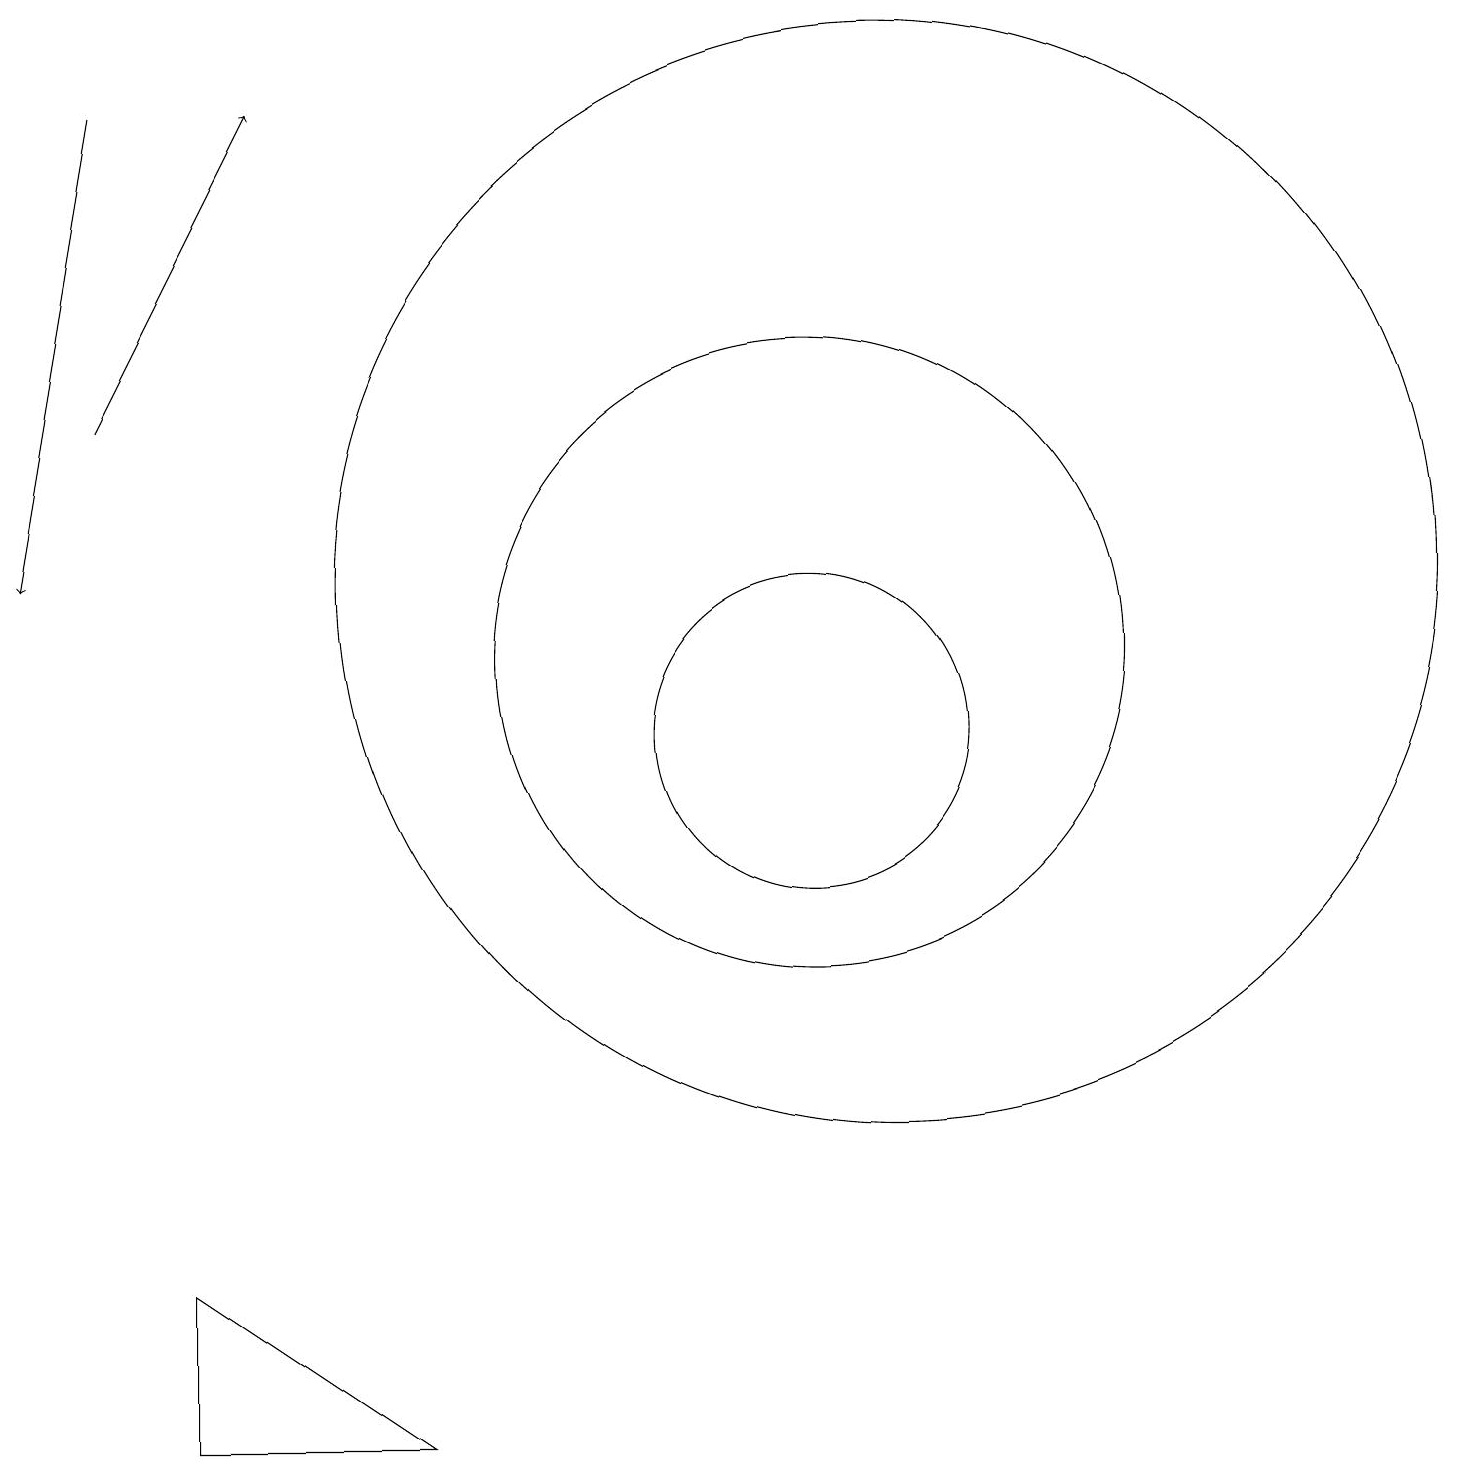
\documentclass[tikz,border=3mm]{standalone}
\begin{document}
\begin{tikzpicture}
\draw (11,11) circle (4);
\draw (6,1) -- (3,3) -- (3,1) -- cycle;
\draw[->] (2,18) -- (1,12);
\draw (12,12) circle (7);
\draw (11,10) circle (2);
\draw[->] (2,14) -- (4,18);
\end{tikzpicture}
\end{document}